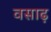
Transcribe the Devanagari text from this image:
वसाढ़